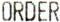
ORDER